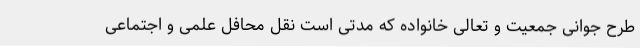
طرح جوانی جمعیت و تعالی خانواده که مدتی است نقل محافل علمی و اجتماعی